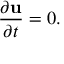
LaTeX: { \frac { \partial \mathbf { u } } { \partial t } } = 0 .